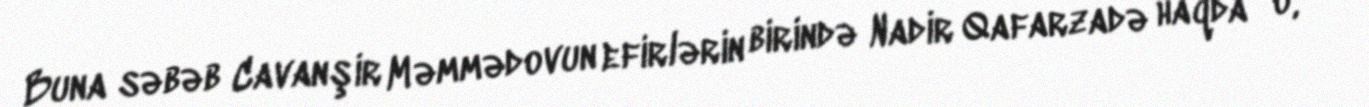
Buna səbəb Cavanşir Məmmədovun efirlərin birində Nadir Qafarzadə haqda “o,